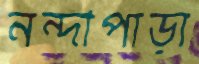
নন্দীপাড়া